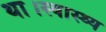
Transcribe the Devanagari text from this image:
था।स्वास्थ्य